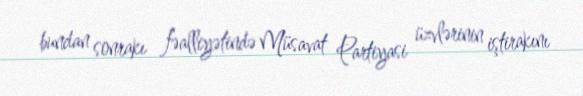
bundan sonrakı fəalliyətində Müsavat Partiyasi üzvlərinin iştirakını